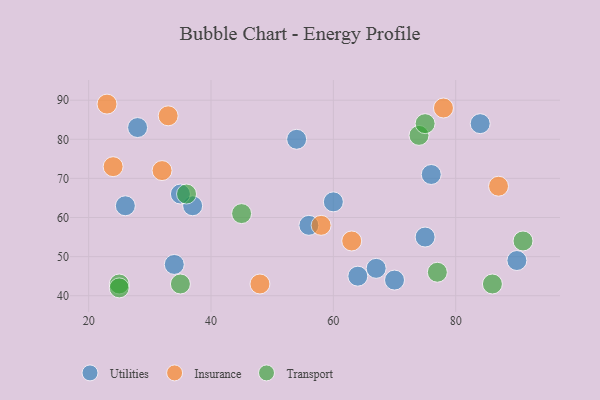
{"axis": {"x": "GDP", "y": "Life Expectancy"}, "legend": ["Insurance", "Transport", "Utilities"], "data": [{"x": "26", "y": 63, "type": "Utilities"}, {"x": "60", "y": 64, "type": "Utilities"}, {"x": "90", "y": 49, "type": "Utilities"}, {"x": "37", "y": 63, "type": "Utilities"}, {"x": "76", "y": 71, "type": "Utilities"}, {"x": "28", "y": 83, "type": "Utilities"}, {"x": "64", "y": 45, "type": "Utilities"}, {"x": "84", "y": 84, "type": "Utilities"}, {"x": "56", "y": 58, "type": "Utilities"}, {"x": "35", "y": 66, "type": "Utilities"}, {"x": "34", "y": 48, "type": "Utilities"}, {"x": "70", "y": 44, "type": "Utilities"}, {"x": "54", "y": 80, "type": "Utilities"}, {"x": "67", "y": 47, "type": "Utilities"}, {"x": "75", "y": 55, "type": "Utilities"}, {"x": "32", "y": 72, "type": "Insurance"}, {"x": "48", "y": 43, "type": "Insurance"}, {"x": "63", "y": 54, "type": "Insurance"}, {"x": "24", "y": 73, "type": "Insurance"}, {"x": "87", "y": 68, "type": "Insurance"}, {"x": "58", "y": 58, "type": "Insurance"}, {"x": "33", "y": 86, "type": "Insurance"}, {"x": "78", "y": 88, "type": "Insurance"}, {"x": "23", "y": 89, "type": "Insurance"}, {"x": "25", "y": 43, "type": "Transport"}, {"x": "45", "y": 61, "type": "Transport"}, {"x": "86", "y": 43, "type": "Transport"}, {"x": "35", "y": 43, "type": "Transport"}, {"x": "91", "y": 54, "type": "Transport"}, {"x": "74", "y": 81, "type": "Transport"}, {"x": "77", "y": 46, "type": "Transport"}, {"x": "25", "y": 42, "type": "Transport"}, {"x": "75", "y": 84, "type": "Transport"}, {"x": "36", "y": 66, "type": "Transport"}]}